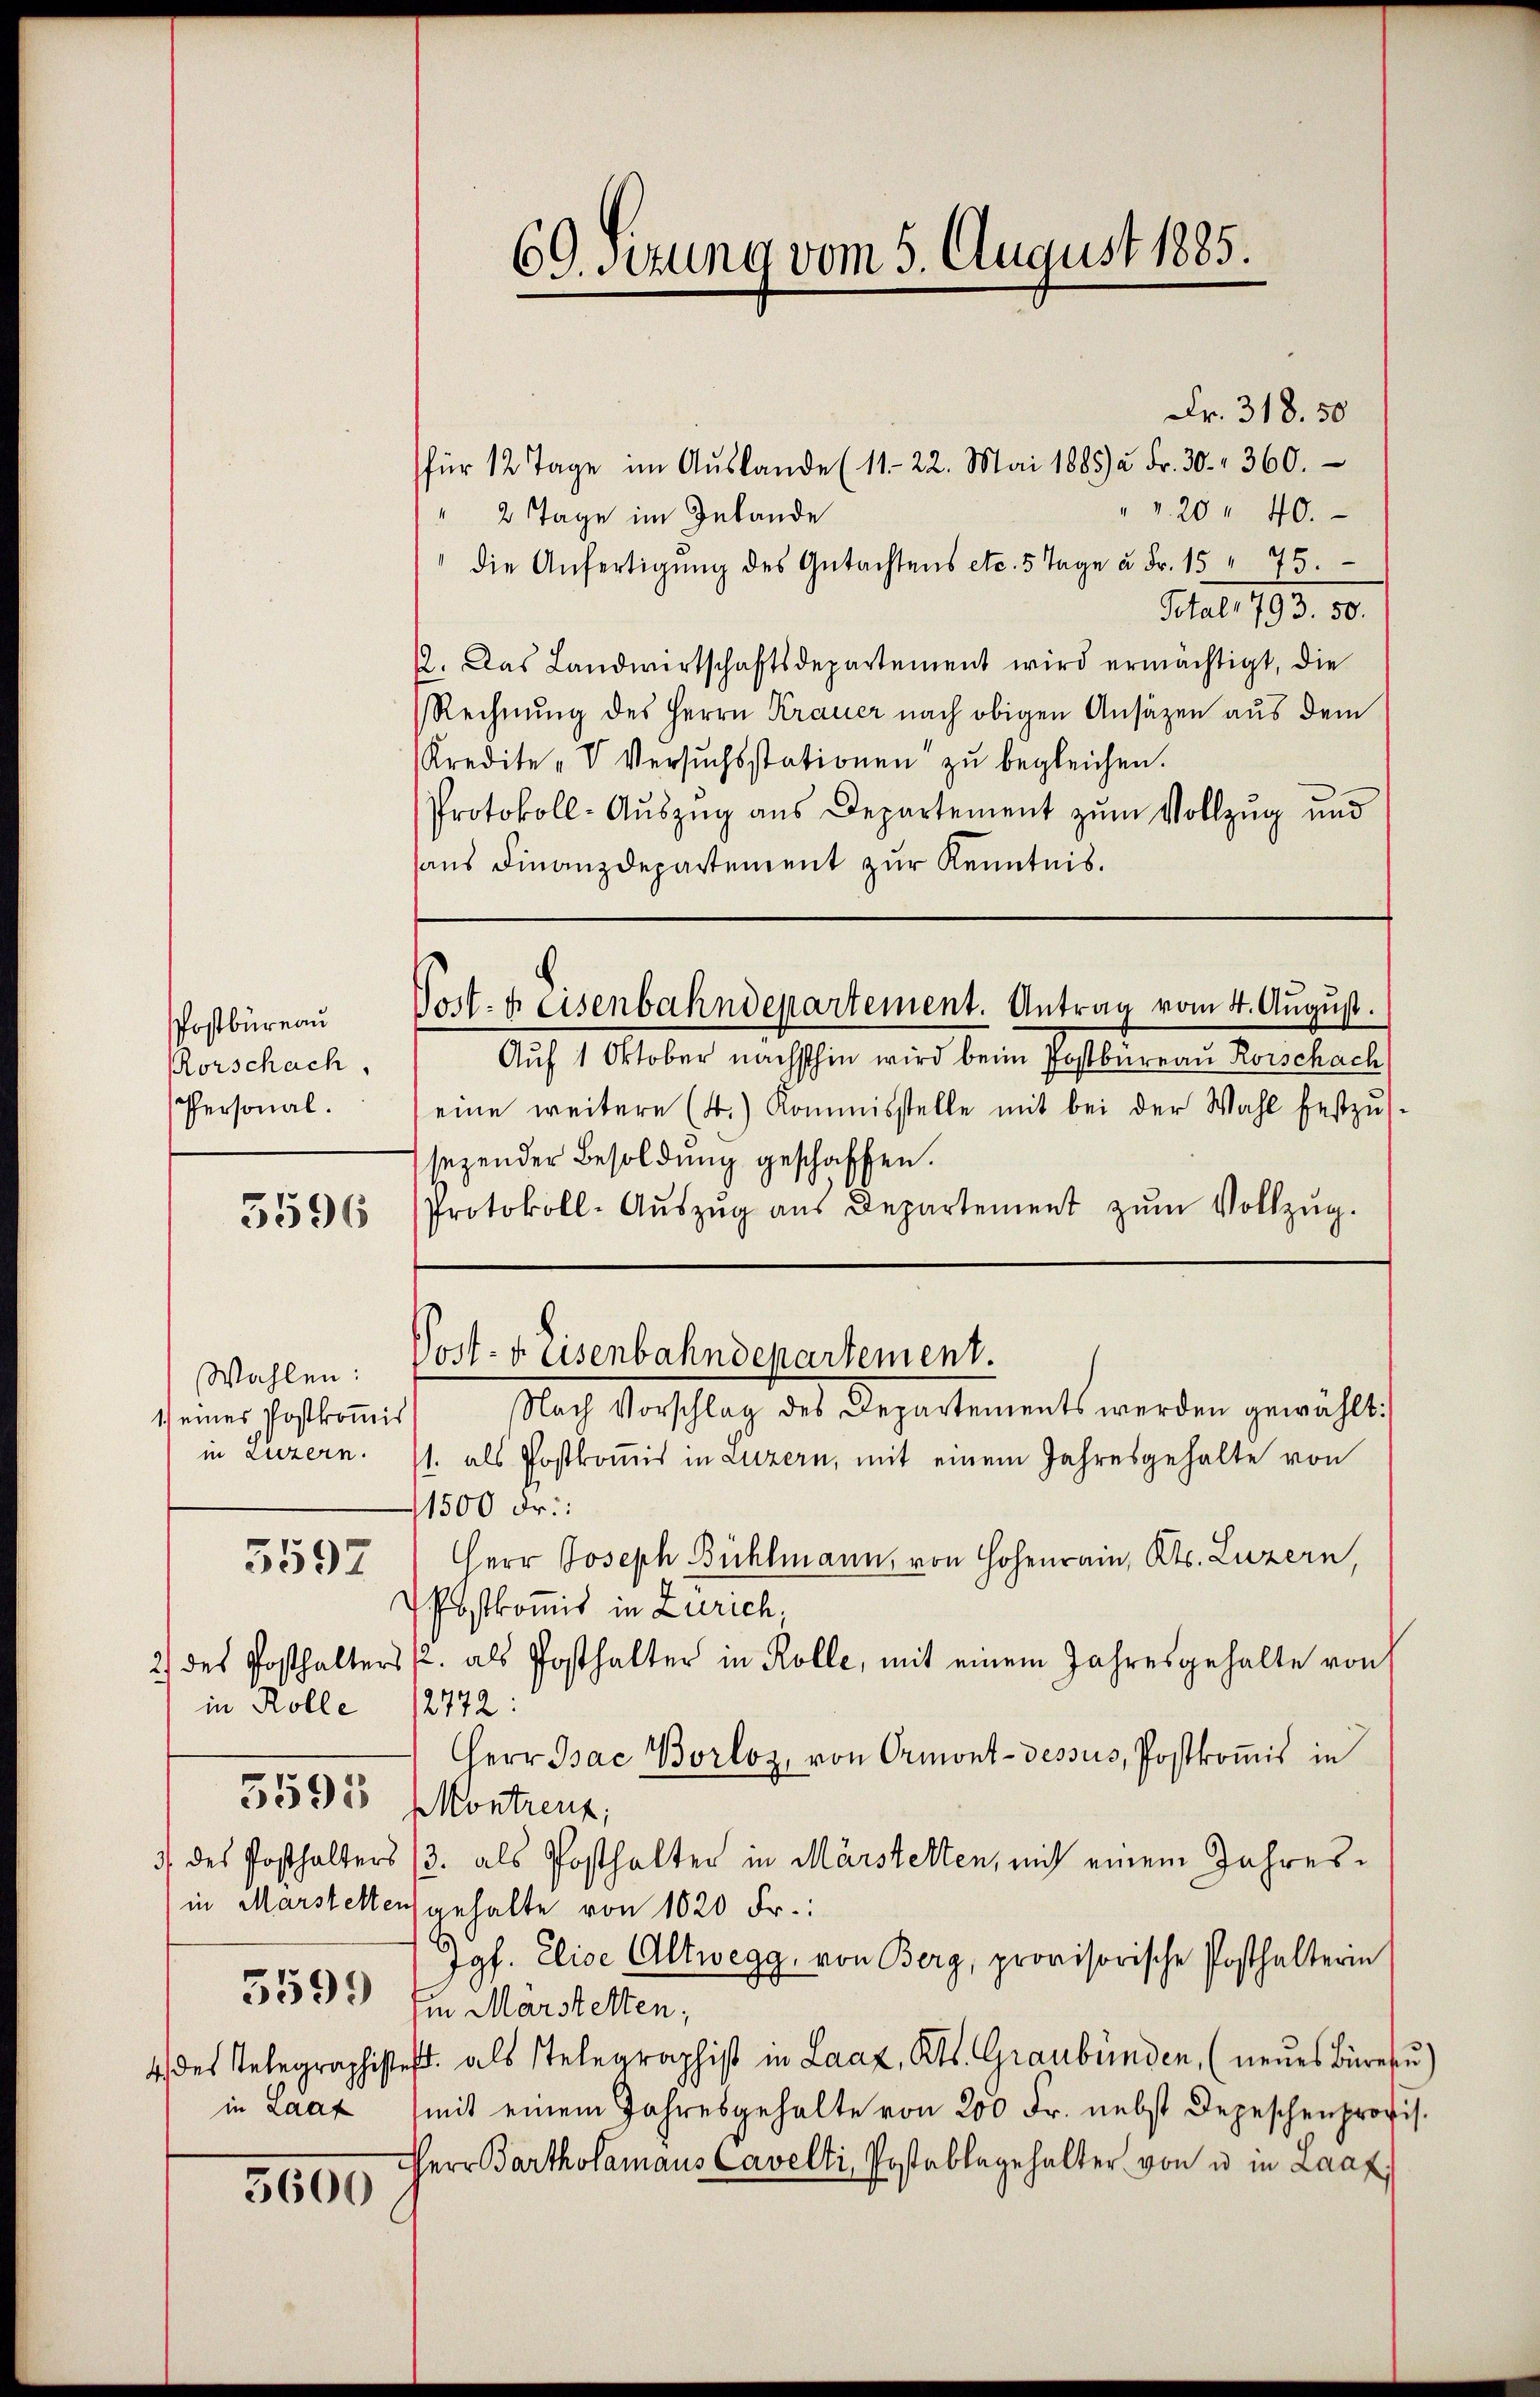
PPostbüreau
Rorschach,
Personal.
3596

Wahlen:
1.) eines Postkommis
in Luzern.
in Rolle
3595
3599
in Laaf

3592

3600

69. Sizung vom 5. August 1885.

Fr. 318. 50
für 12 Tage im Aŭslande (11-22. Mai 1885) à Fr. 30. 360.
" v. 20 " 40.
" 2 Tage im Inlande
die Anfertigŭng des Gŭtachtens etc. 5 Tage u. Fr. 15 " 75.
Mag. 193. 10.
12. Das Landwirtschaftsdepartement wird ermächtigt, die
Rechnung des Herrn Krauer nach obigen Ansätzen aus dem
Kredite "V Versuchsstationen zu begleichen.
Protokoll-Aŭszŭg aŭs Departement zŭm Vollzŭg und
aus Finanzdepartement zur Kenntnis.

Auf 1 Oktober nächsthin wird beim Postbüreau Rorschach
eine weitere (4.) Kommisstelle mit bei der Wahl festzŭs-
sezender Besoldŭng geschaffen.
Protokoll-Aŭszŭg aŭs Departement zŭm Vollzŭg.
Nach Vorschlag des Departement werden gewählt
1. als Postkomis in Luzern, mit einem Jahresgehalte von
1500 Fr.:
Herr Joseph Bühlmann, von Hohen, Kts. Luzern,
Postkomit in Zürich,
2) des Posthalters s. als Posthalter in Kolle, mit einem Jahresgehalte von
2772:
Herr Pac Borloz, von Ormont-dessus, Postkoṁis in
Montreut,
3) des Posthalters (3. als Posthalter in Märstelten, mit einem Jahresin Marstellen anhalte von 1020 Fr.:
Jgf. Elise Altwegg, von Berg, provisorische Posthalterin
in Märstetten;
4 des Telegraphister als Telegraphist in Laaz, Kts. Graubünden, (neŭes Büres)
mit einem Jahresgehalte von 200 Fr. nebst Depeschenprovis.
Herr Bartholamans Cavelti, Postablegehalter von u in Laaf

Nort. 4 Eisenbahndepartement. Antrag vom 4. August.

Post- u. Eisenbahndepartement.